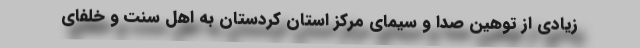
زیادی از توهین صدا و سیمای مرکز استان کُردستان به اهل سنت و خلفای